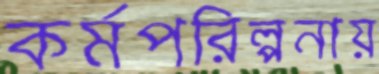
কর্মপরিল্পনায়